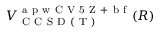
V _ { \mathrm { ~ C ~ C ~ S ~ D ~ ( ~ T ~ ) ~ } } ^ { \mathrm { ~ a ~ p ~ w ~ C ~ V ~ 5 ~ Z ~ + ~ b ~ f ~ } } ( R )